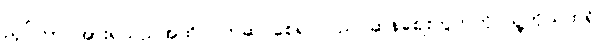
ညှပ်ကာ အားရသည်အထိ ဝတ်ဆင်စေ၍ ပြည်ပဆန်ဈေးကွက်ကို သူ့ကိုယ်ထဲရှိ